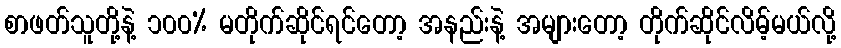
စာဖတ်သူတို့နဲ့ ၁၀၀% မတိုက်ဆိုင်ရင်တော့ အနည်းနဲ့ အများတော့ တိုက်ဆိုင်လိမ့်မယ်လို့